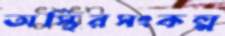
অস্থিরসংকল্প